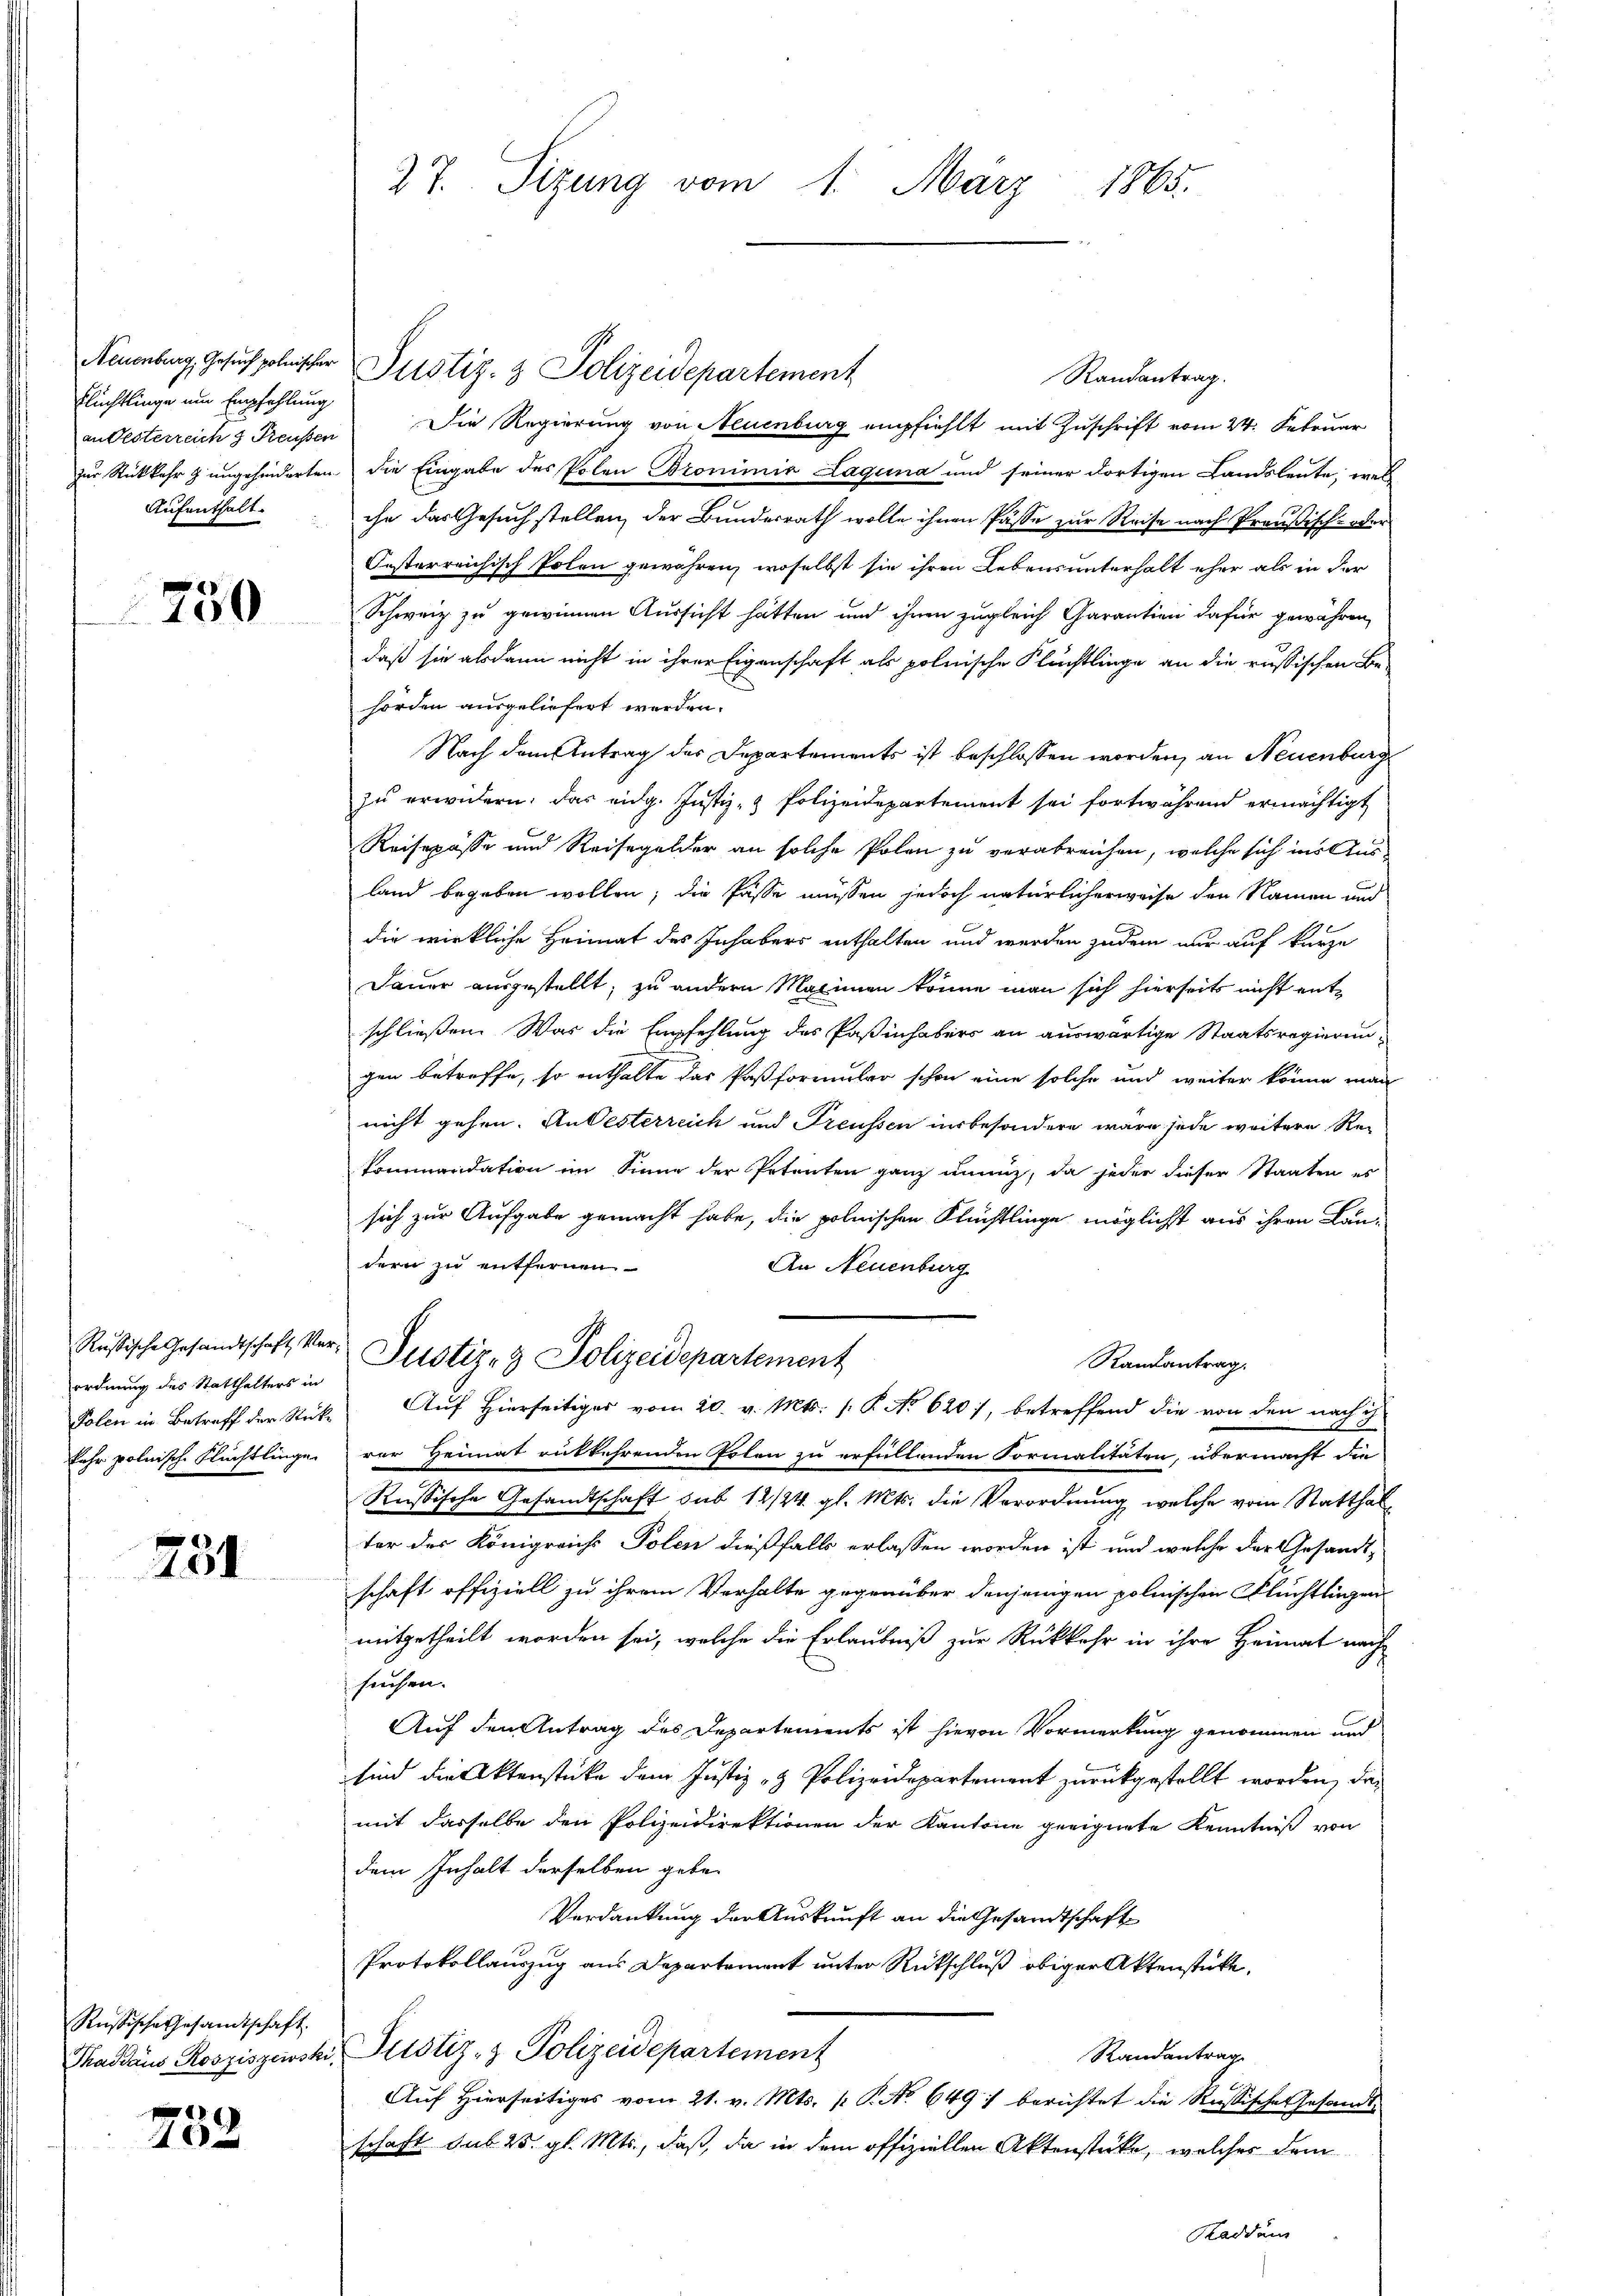
Neuenburg, Gesuch polnischer
Flüchtlinge um Empfehlung
Aufenthalt

750

ordnung des Statthalters in
kehr polnische Flüchtlinge

731

Russische Gesandtschaft.
Thasdaus Rosziszewski

1
x

Justiz- & Polizeidepartement
Randantrag.
an Oesterreich 3 Preußen Die Regierung von Neuenburg empfiehlt mit Zuschrift vom 24. Februar
zur Rückkehr & ungehinderten die Eingabe des Polen Bronimia Laguna und seiner dortigen Landsleute, wel
ihn das Gesuch stellen, der Bundesrath wolle ihnen Pässe zur Reise nach Preußisch- oder
Oesterreichisch Polen gewähren, woselbst sie ihren Lebensunterhalt eher als in der
Schweiz zu gewinnen Aussicht hätten und ihnen zugleich Garantien dafür gewähren,
daß sie alsdann nicht in ihrer Eigenschaft als polnische Flüchtlinge an die russischen Be-
hörden ausgeliefert werden.
Nach dem Antrag der Departements ist beschlossen worden, an Neuenburg
zu erwidern, das eidg. Justiz- & Polizeidepartement sei fortwährend ermächtigt
Reisepässe und Reisegelder an solche Polen zu verabreichen, welche sich ins Ausland begeben wollen; die Pässe müssen jedoch natürlicherweise den Namen und
die wirkliche Heimat des Inhabers enthalten und werden zudem nur auf kurze
Dauer ausgestellt, zu andern Malimen könne man sich hierseits nicht entschließen. Was die Empfehlung des Paßinhabers an auswärtige Staatsregierun-
gen betreffe, so enthalte das Paßformular schon eine solche und weiter könne man
nicht gehen. An Oesterreich und Treussen insbesondere wäre jede weitere Re¬
Kommandation im Sinne der Petenten ganz annuz, da jeder dieser Staaten es
sich zur Aufgabe gemacht habe, die polnischen Flüchtlinge möglichst aus ihren Landern zu entfernen
An Neuenburg
Rustische Gesandtschaft, Ver- Justiz- & Polizeidepartement
Randantrag.
Polen in Betreff der Stücke Aŭf Hierseitiger vom 20. v. Mts. s. R. No 620, betreffend die von den nach ih
rer Heimat rükkehrenden Polen zu erfüllenden Formalitäten, übermacht die
Russische Gesandtschaft sub 14/24 gl. Mts. die Verordnung, welche vom Statthalter des Königreichs Polen dießfalls erlassen worden ist und welche der Gesandt
schaft offiziell zu ihrem Verhalte gegenüber denjenigen polnischen Flüchtlingen
mitgetheilt worden sei, welche die Erlaubniß zur Rückkehr in ihre Heimat nach
seuchen.
Auf den Antrag des Departements ist hievon Vormerkung genommen und
sind die Aktenstücke dem Justiz- & Polizeidepartement zurückgestellt worden, das
mit dasselbe den Polizeidirektionen der Kantone geeignete Kenntniß von
dem Inhalt derselben gebe
Verdankung der Auskunft an die Gesandtschaft
Protokollauszug aus Departement unter Rückschluß obiger Aktenstücke,
 Justiz- & Polizeidepartement
Randantrag
Auf Hierseitiges vom 21. v. Mts. (T. No. 649) berichtet die Russische Gesandtschaft sub 25. gl. Mts., daß, da in dem offiziellen Aktenstücke, welches dem
Raddum

27. Sizung vom 1. März 1865.